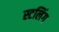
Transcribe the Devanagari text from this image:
स्टलिंग